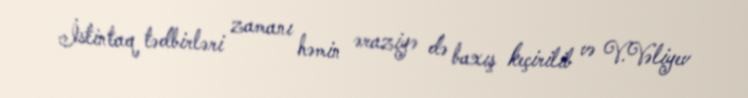
İstintaq tədbirləri zamanı həmin əraziyə də baxış keçirilib və V.Vəliyev